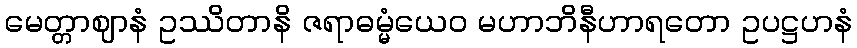
မေတ္တာဈာနံ ဥဿိတာနိ ဇရာဓမ္မံယေဝ မဟာဘိနီဟာရတော ဥပဋ္ဌဟနံ